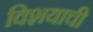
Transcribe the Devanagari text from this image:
विशयाची